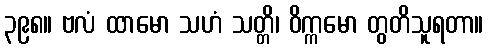
၃၉၈။ ဗလံ ထာမော သဟံ သတ္တိ၊ ဝိက္ကမော တွတိသူရတာ။